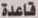
قاعدة